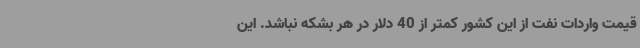
قیمت واردات نفت از این کشور کمتر از 40 دلار در هر بشکه نباشد. این